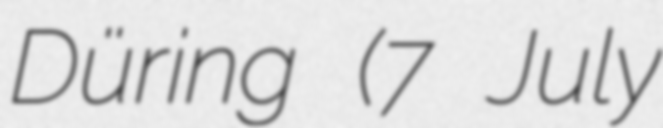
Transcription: Düring (7 July